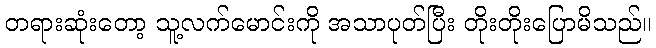
တရားဆုံးတော့ သူ့လက်မောင်းကို အသာပုတ်ပြီး တိုးတိုးပြောမိသည်။